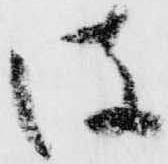
彼